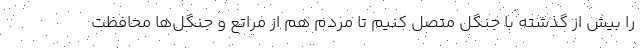
را بیش از گذشته با جنگل متصل کنیم تا مردم هم از مراتع و جنگل‌ها محافظت